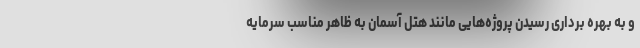
و به بهره برداری رسیدن پروژه‌هایی مانند هتل آسمان به ظاهر مناسب سرمایه